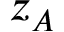
z _ { A }